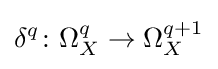
\delta ^{q}\colon \Omega _{X}^{q}\to \Omega _{X}^{q+1}